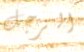
الرجل